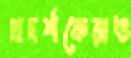
প্রদর্শকেরাও